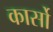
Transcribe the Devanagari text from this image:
कार्सो